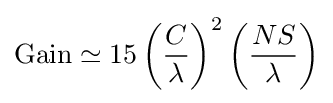
{\text{Gain}}\simeq 15\left({\frac {C}{\lambda }}\right)^{2}\left({\frac {NS}{\lambda }}\right)